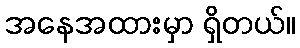
အနေအထားမှာ ရှိတယ်။